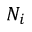
N _ { i }